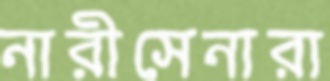
নারীসেনারা